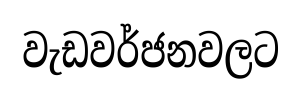
වැඩවර්ජනවලට